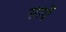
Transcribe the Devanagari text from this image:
सापँ